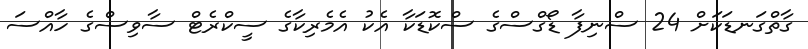
ގާތްގަނޑަކަށް 24 ސްނިފާ ޑޯގްސްގެ ސްކޮޑަކާ އެކު އެމެރިކާގެ ސީކްރެޓް ސާވިސްގެ ހާއްސަ